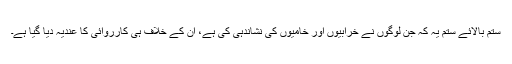
ستم بالائے ستم یہ کہ جن لوگوں نے خرابیوں اور خامیوں کی نشاندہی کی ہے، اُن کے خلاف ہی کارروائی کا عندیہ دیا گیا ہے۔